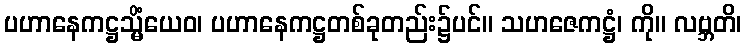
ပဟာနေကဋ္ဌသ္မိံယေဝ၊ ပဟာနေကဋ္ဌတစ်ခုတည်း၌ပင်။ သဟဇေကဋ္ဌံ၊ ကို။ လဗ္ဘတိ၊